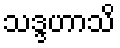
သဒ္ဒဟာသိ